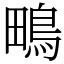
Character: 鴫